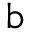
\boldsymbol { \mathrm { b } }